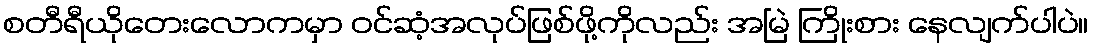
စတီရီယိုတေးလောကမှာ ဝင်ဆံ့အလုပ်ဖြစ်ဖို့ကိုလည်း အမြဲ ကြိုးစား နေလျက်ပါပဲ။